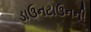
ડાઉનટાઉનની